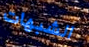
الشبهات